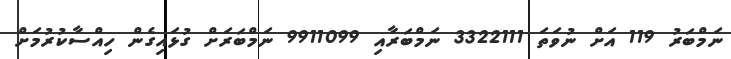
ނަމްބަރު 119 އަށް ނުވަތަ 3322111 ނަމްބަރާއި 9911099 ނަމްބަރަށް ގުޅައިގެން ހިއްސާކުރުމަށް